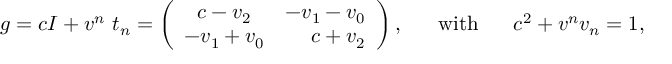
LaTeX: g = c I + v ^ { n } ~ t _ { n } = \left( \begin{array} { c r } { { c - v _ { 2 } } } & { { - v _ { 1 } - v _ { 0 } } } \\ { { - v _ { 1 } + v _ { 0 } } } & { { c + v _ { 2 } } } \end{array} \right) , ~ ~ ~ ~ ~ \mathrm { w i t h } ~ ~ ~ ~ ~ c ^ { 2 } + v ^ { n } v _ { n } = 1 ,